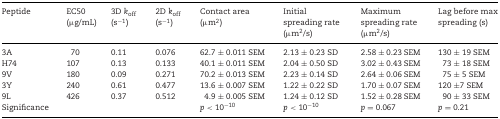
<table><thead><tr><td><b>Peptide</b></td><td><b>EC50 (μg/mL)</b></td><td><b>3D <i>k</i><sub>off</sub> (s<sup>−1</sup>)</b></td><td><b>2D <i>k</i><sub>off</sub> (s<sup>−1</sup>)</b></td><td><b>Contact area (μm<sup>2</sup>)</b></td><td><b>Initial spreading rate (μm<sup>2</sup>/s)</b></td><td><b>Maximum spreading rate (μm<sup>2</sup>/s)</b></td><td><b>Lag before max spreading (s)</b></td></tr></thead><tbody><tr><td>3A</td><td>70</td><td>0.11</td><td>0.076</td><td>62.7 ± 0.011 SEM</td><td>2.13 ± 0.23 SD</td><td>2.58 ± 0.23 SEM</td><td>130 ± 19 SEM</td></tr><tr><td>H74</td><td>107</td><td>0.13</td><td>0.133</td><td>40.1 ± 0.011 SEM</td><td>2.04 ± 0.50 SD</td><td>3.02 ± 0.43 SEM</td><td>73 ± 18 SEM</td></tr><tr><td>9V</td><td>180</td><td>0.09</td><td>0.271</td><td>70.2 ± 0.013 SEM</td><td>2.23 ± 0.14 SD</td><td>2.64 ± 0.06 SEM</td><td>75 ± 5 SEM</td></tr><tr><td>3Y</td><td>240</td><td>0.61</td><td>0.477</td><td>13.6 ± 0.007 SEM</td><td>1.22 ± 0.22 SD</td><td>1.70 ± 0.07 SEM</td><td>120 ±7 SEM</td></tr><tr><td>9L</td><td>426</td><td>0.37</td><td>0.512</td><td>4.9 ± 0.005 SEM</td><td>1.24 ± 0.12 SD</td><td>1.52 ± 0.28 SEM</td><td>90 ± 33 SEM</td></tr><tr><td>Significance</td><td></td><td></td><td></td><td><i>p</i> &lt; 10<sup>−10</sup></td><td><i>p</i> &lt; 10<sup>−10</sup></td><td><i>p</i> = 0.067</td><td><i>p</i> = 0.21</td></tr></tbody></table>